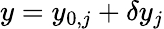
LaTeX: y=y_{0,j}+\delta y_{j}